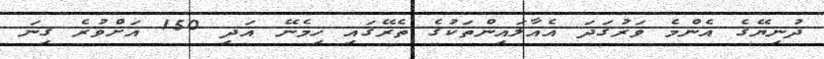
ދުނިޔޭގެ އެންމެ ވަރުގަދަ އެއާލައިންތަކުގެ ތެރޭގައި ހިމެނޭ އަދި 150 އަށްވުރެ ގިނަ